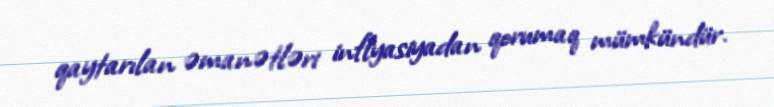
qaytarılan əmanətləri inflyasiyadan qorumaq mümkündür.